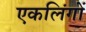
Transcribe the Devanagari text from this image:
एकलिंगों